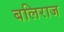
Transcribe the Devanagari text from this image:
बलिराज